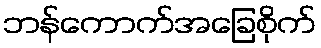
ဘန်ကောက်အခြေစိုက်